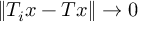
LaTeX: \| T _ { i } x - T x \| \to 0